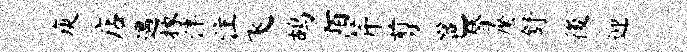
庾店遇掾泮注飞鸪陌芹剪邕替縻舒後迎